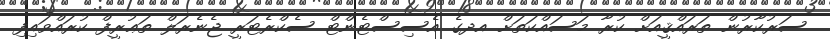
ސަރުކާރުން ތަރައްޤީއަށް ކުރާ މަސައްކަތަށް އދގެ އެސިސްޓެންޓް ސެކްރެޓަރީ ޖެނެރަލް ތަޢުރީފް ކުރައްވައިފި